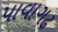
પાવાગઢ